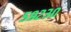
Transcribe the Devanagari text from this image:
५९२३०